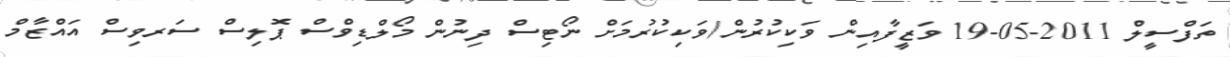
ތަފްސީލް 2011-05-19 ވަޒީފާއިން ވަކިކުރުން/ވަކިކުރުމަށް ނޯޓިސް ދިނުން މޯލްޑިވްސް ޕޮލިސް ސަރވިސް އައްޒާމް